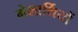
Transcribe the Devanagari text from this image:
मेलार्थियों